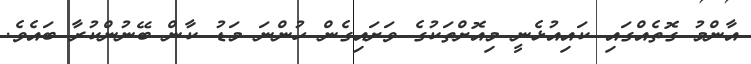
އާންމު ގޮތެއްގައި ކައިއުޅެނީ މިއޮށްތަކުގެ ވަށައިގެން ހުންނަ މަޑު ކާންް ބޭނުންކުރާ ބައެވެ.